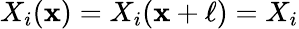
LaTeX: X_{i}(\mathbf{x})=X_{i}(\mathbf{x}+\ell)=X_{i}